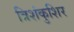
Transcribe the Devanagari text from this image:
त्रिशंकुशिर